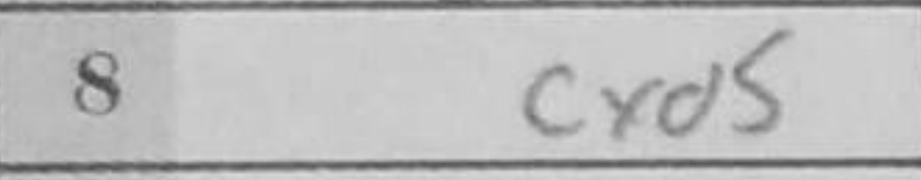
Transcription: cxd5